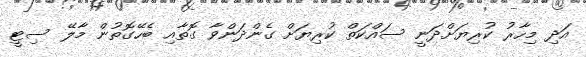
އަދި މިހާރު ކުރިޔަށްދަނީ ސައްކަތް ކުރިޔަށް ގެންދަންވާ ގޮތާއި ބެހޭގޮތުން މާލޭ ސިޓީ